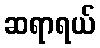
ဆရာရယ်